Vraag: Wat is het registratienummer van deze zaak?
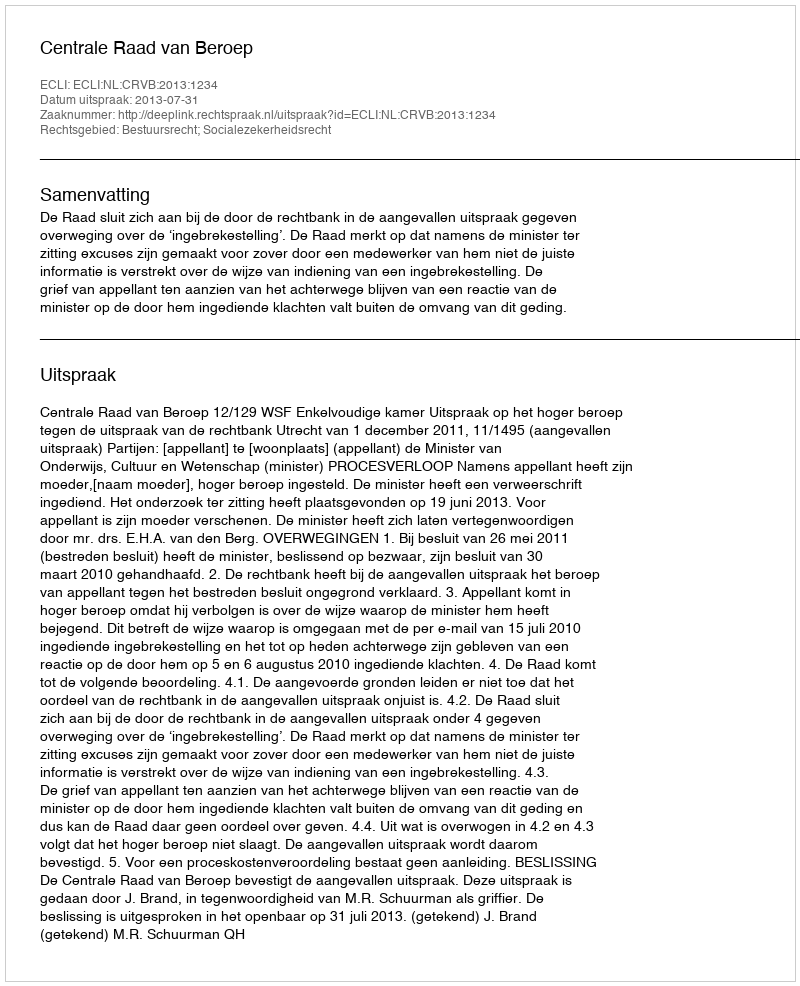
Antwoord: http://deeplink.rechtspraak.nl/uitspraak?id=ECLI:NL:CRVB:2013:1234